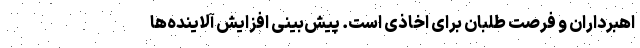
اهبرداران و فرصت طلبان برای اخاذی است. پیش‌بینی افزایش آلایند‌ه‌ها‌